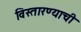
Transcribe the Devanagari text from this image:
विस्तारण्याची